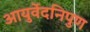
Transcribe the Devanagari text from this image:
आयुर्वेदनिपुण